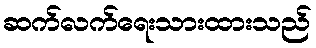
ဆက်လက်ရေးသားထားသည်